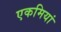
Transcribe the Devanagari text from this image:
एकमियां